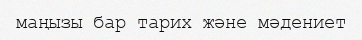
маңызы бар тарих және мәдениет